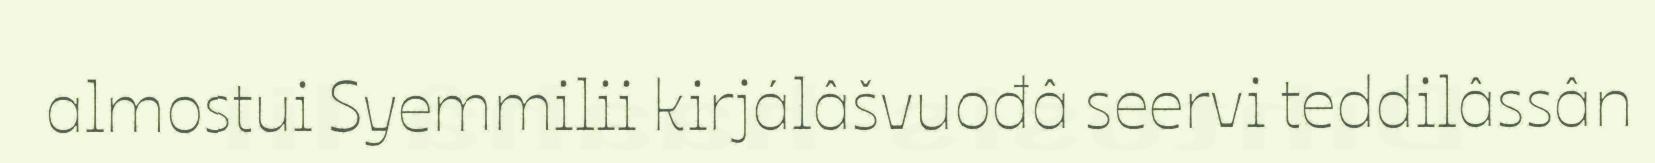
almostui Syemmilii kirjálâšvuođâ seervi teddilâssân